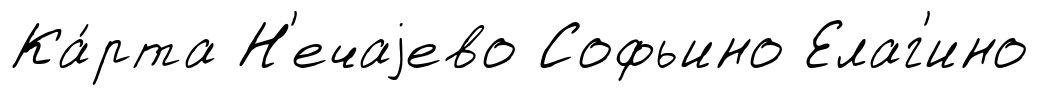
Ка́рта Н'ечаjево Софьино Елаг'ино